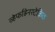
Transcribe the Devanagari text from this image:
व्हेर्फाह्रेनस्टेक्निक